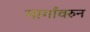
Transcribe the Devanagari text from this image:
मार्गांवरुन